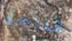
قداحة